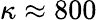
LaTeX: \kappa\approx 800